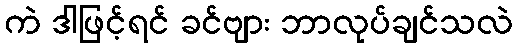
ကဲ ဒါဖြင့်ရင် ခင်ဗျား ဘာလုပ်ချင်သလဲ